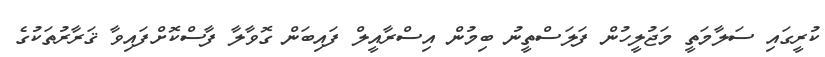
ކުރީގައި ސަލާމަތީ މަޖުލީހުން ފަލަސްތީނު ބިމުން އިސްރާއީލް ފައިބަން ގޮވާލާ ފާސްކޮށްފައިވާ ޤަރާރުތަކުގެ